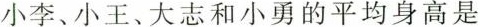
小李、小王、大志和小勇的平均身高是